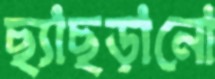
ছ্যাছড়ানো